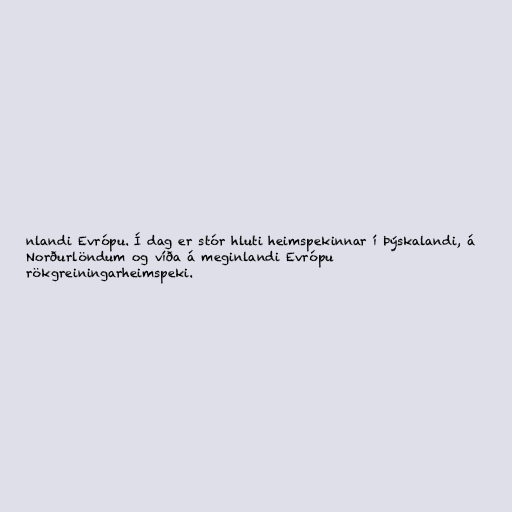
nlandi Evrópu. Í dag er stór hluti heimspekinnar í Þýskalandi, á
Norðurlöndum og víða á meginlandi Evrópu
rökgreiningarheimspeki.